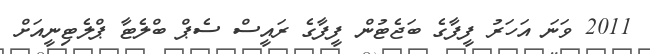
2011 ވަނަ އަހަރު ފީފާގެ ބަޖެޓުން ފީފާގެ ރައީސް ސެޕް ބްލެޓާ ޕްލެޓިނީއަށް